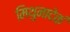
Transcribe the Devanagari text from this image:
मिथुनादेकं